Report of an investigation into the causes of the diseases known in Assam as Kála-Azár and Beri-Beri
Disease focus: Beri-Beri
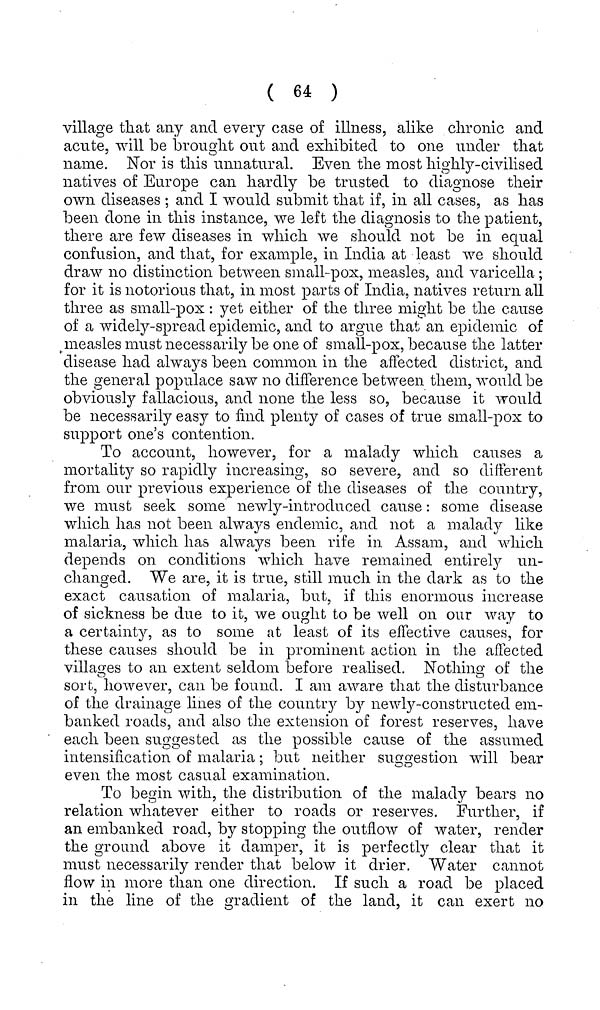
( 64 )
village that any and every case of illness, alike chronic and
acute, will be brought out and exhibited to one under that
name. Nor is this unnatural. Even the most highly-civilised
natives of Europe can hardly be trusted to diagnose their
own diseases ; and I would submit that if, in all cases, as has
been done in this instance, we left the diagnosis to the patient,
there are few diseases in which we should not be in equal
confusion, and that, for example, in India at least we should
draw no distinction between small-pox, measles, and varicella ;
for it is notorious that, in most parts of India, natives return all
three as small-pox : yet either of the three might be the cause
of a widely-spread epidemic, and to argue that an epidemic of
measles must necessarily be one of small-pox, because the latter
disease had always been common in the affected district, and
the general populace saw 110 difference between them, would be
obviously fallacious, and none the less so, because it would
be necessarily easy to find plenty of cases of true small-pox to
support one's contention.
To account, however, for a malady which causes a
mortality so rapidly increasing, so severe, and so different
from our previous experience of the diseases of the country,
we must seek some newly-introduced cause : some disease
which has not been always endemic, and not a malady like
malaria, which has always been rife in Assam, and which
depends on conditions which have remained entirely un-
changed. We are, it is true, still much in the dark as to the
exact causation of malaria, but, if this enormous increase
of sickness be due to it, we ought to be well on our way to
a certainty, as to some at least of its effective causes, for
these causes should be in prominent action in the affected
villages to an extent seldom before realised. Nothing of the
sort, however, can be found. I am aware that the disturbance
of the drainage lines of the country by newly-constructed em-
banked roads, and also the extension of forest reserves, have
each been suggested as the possible cause of the assumed
intensification of malaria ; but neither suggestion will bear
even the most casual examination.
To begin with, the distribution of the malady bears no
relation whatever either to roads or reserves. Further, if
an embanked road, by stopping the outflow of water, render
the ground above it damper, it is perfectly clear that it
must necessarily render that below it drier. Water cannot
flow in more than one direction. If such a road be placed
in the line of the gradient of the land, it can exert no